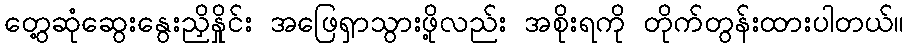
တွေ့ဆုံဆွေးနွေးညှိနှိုင်း အဖြေရှာသွားဖို့လည်း အစိုးရကို တိုက်တွန်းထားပါတယ်။